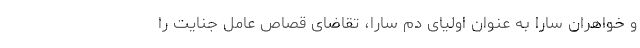
و خواهران سارا به عنوان اولیای دم سارا، تقاضای قصاص عامل جنایت را